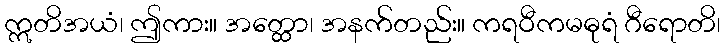
ဣတိအယံ၊ ဤကား။ အတ္ထော၊ အနက်တည်း။ ကရဝီကမဓုရံ ဂီရောတိ၊